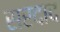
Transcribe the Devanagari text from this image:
सरदाद